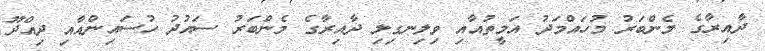
ދާއިރާގެ މެންބަރު މުހައްމަދު އަމީތުއާއި ވިލިނގިލި ދާއިރާގެ މެންބަރު ސައުދު ހުސައިންއާއި ދިއްދޫ